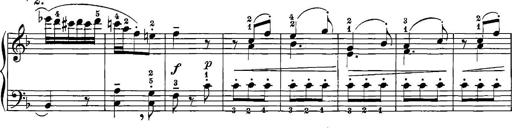
Title: 12 Sonatinas
Composer: Ignaz Pleyel